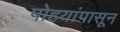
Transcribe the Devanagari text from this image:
पोहयांपासून